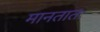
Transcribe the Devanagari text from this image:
मानतातः